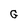
Character: G